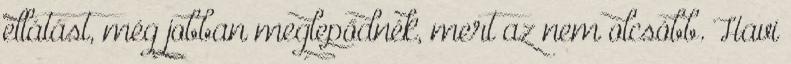
ellátást, még jobban meglepődnék, mert az nem olcsóbb. Havi